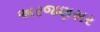
અરજણસર